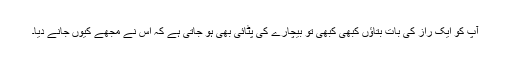
آپ کو ایک راز کی بات بتاؤں کبھی کبھی تو بیچارے کی پٹائی بھی ہو جاتی ہے کہ اس نے مجھے کیوں جانے دیا۔